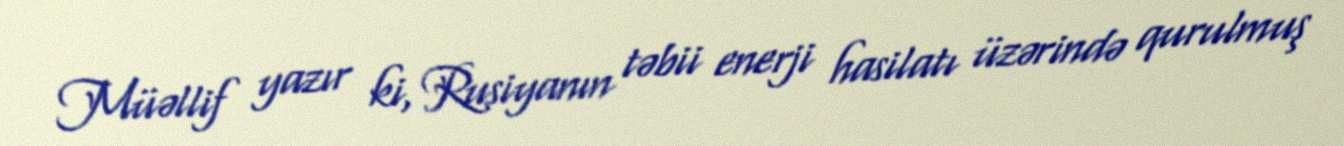
Müəllif yazır ki, Rusiyanın təbii enerji hasilatı üzərində qurulmuş